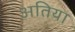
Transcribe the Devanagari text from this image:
अतिया